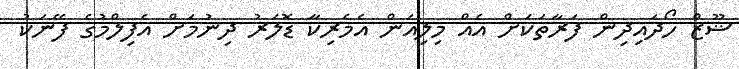
ޝޫޒް ހޯދައިދިން ފަރާތަކަށް އެއް މިލިއަން އެމެރިކާ ޑޮލަރު ދިނުމަށް އެފިލްމުގެ ފޭނަކު